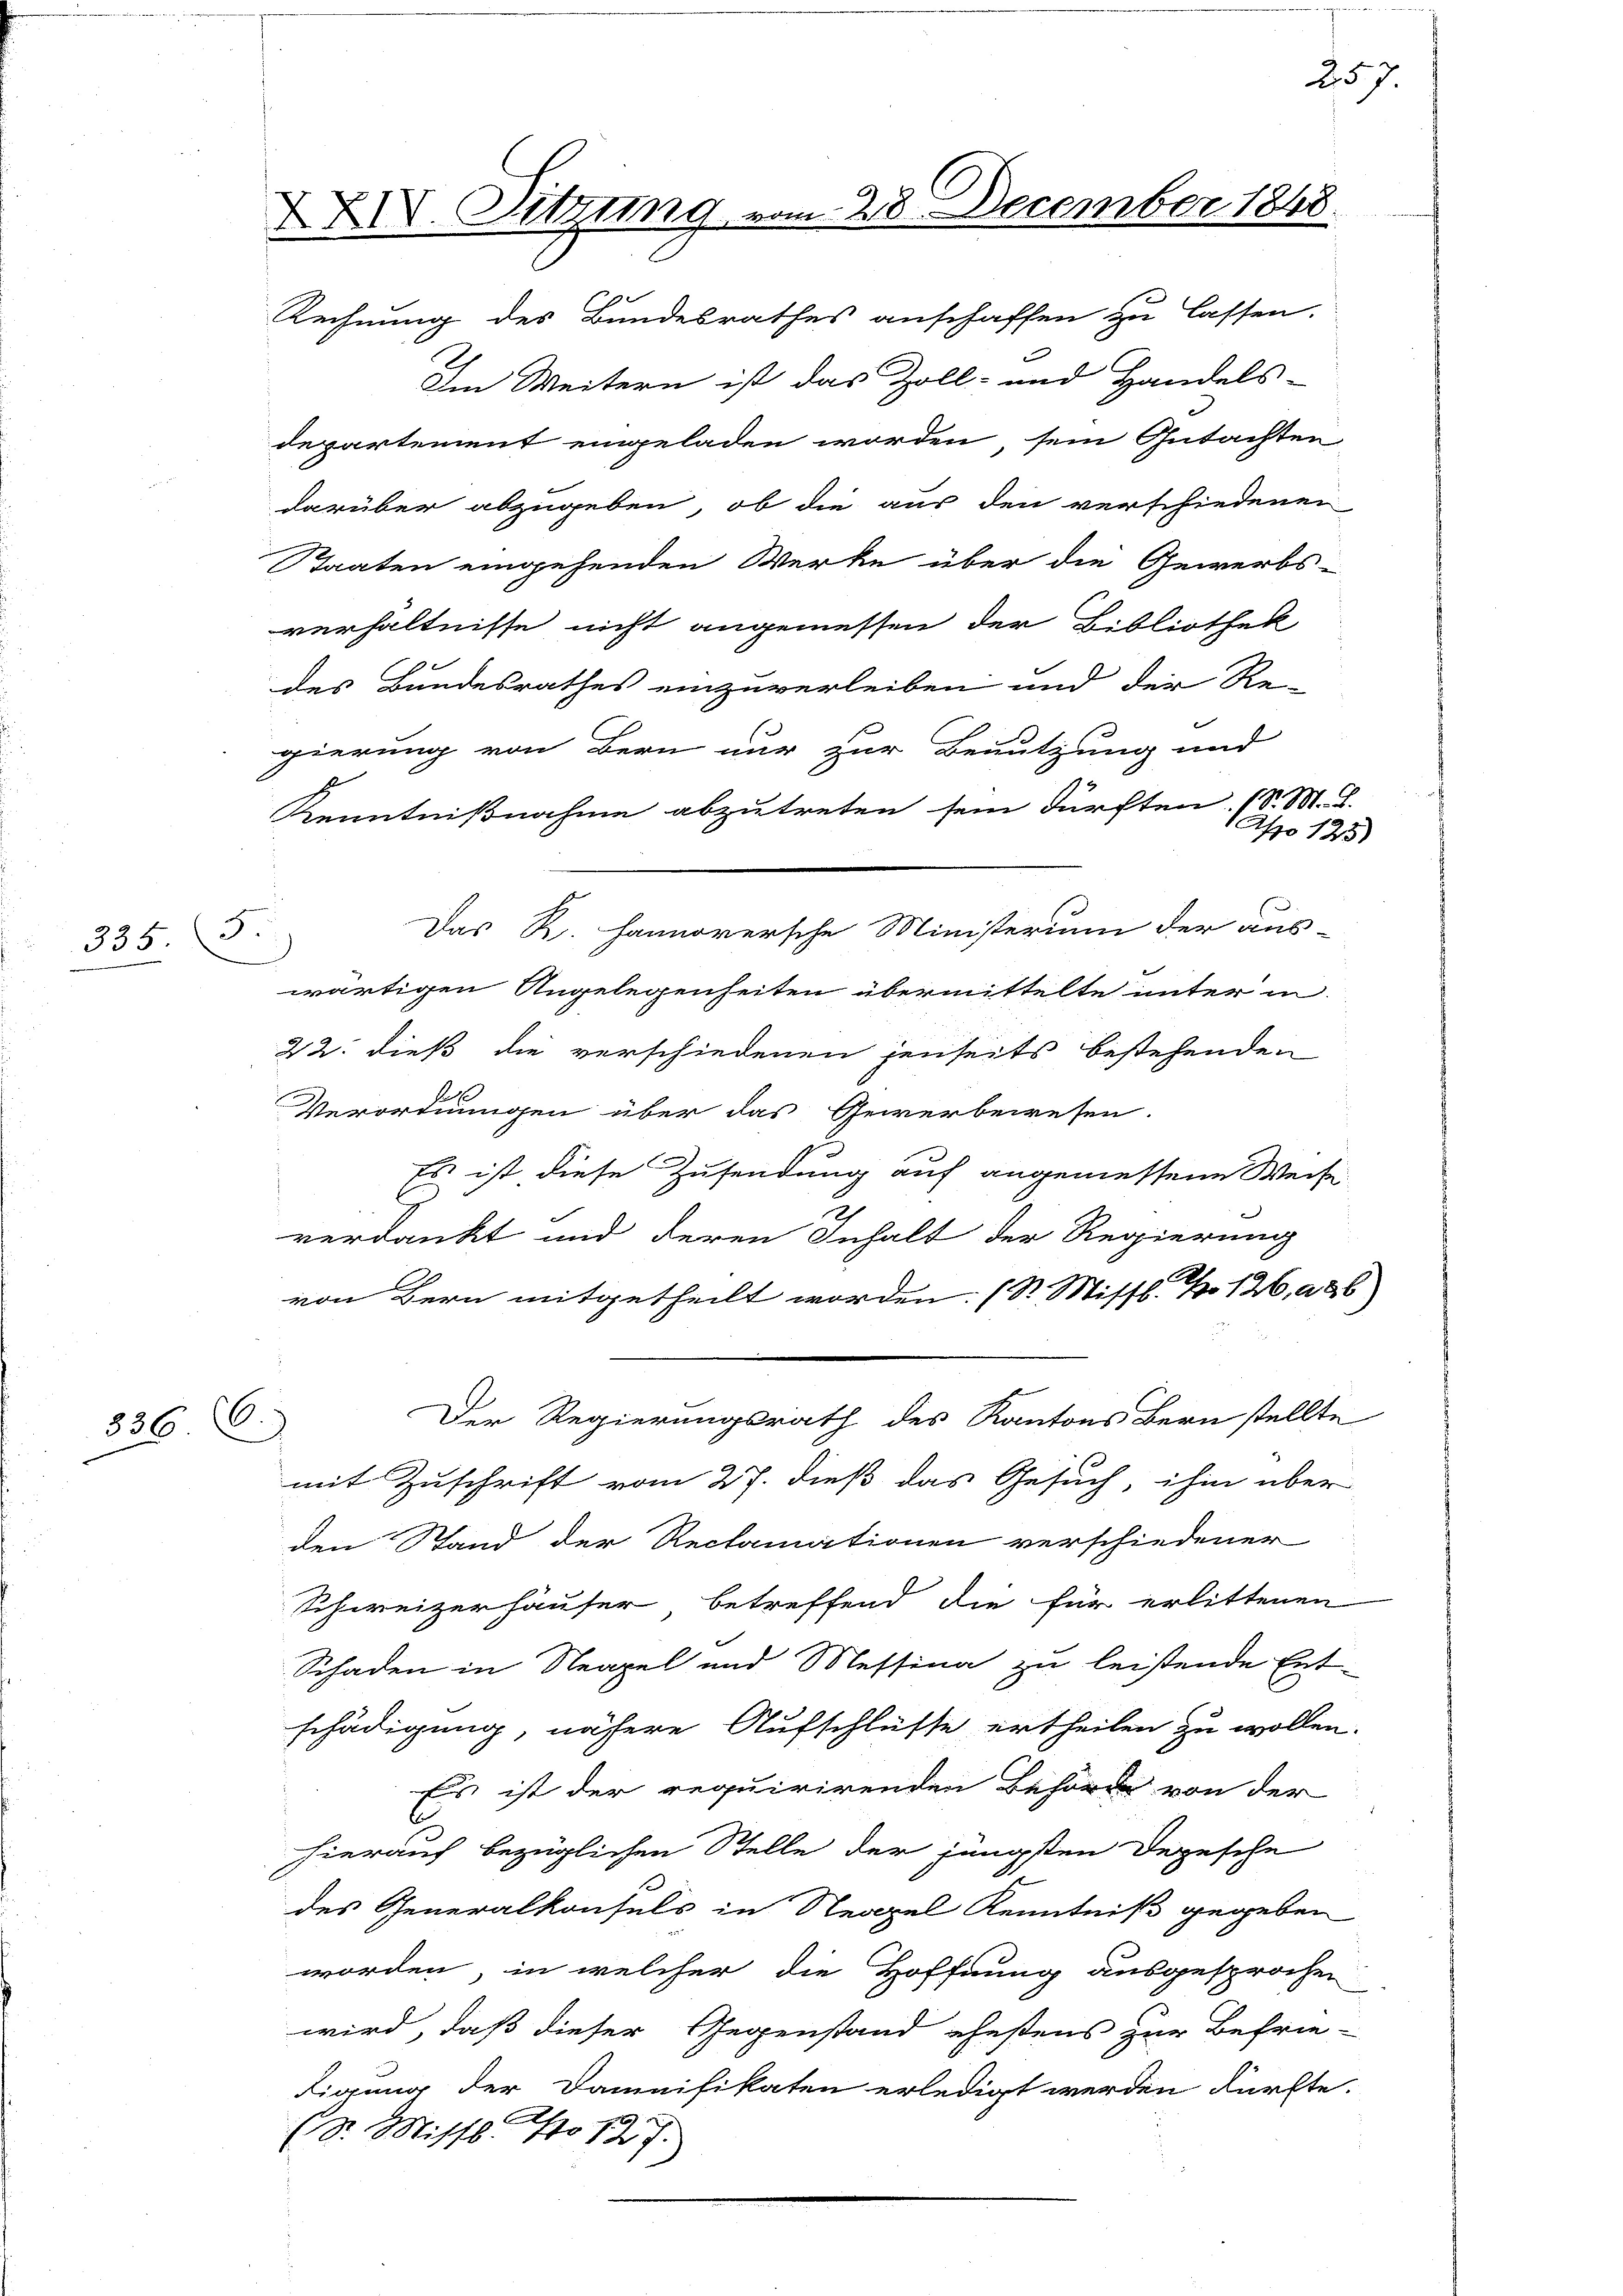
335

336

XXIV. Sitzung vom 28. December 1848.
Rechnung des Bundesrathes anschaffen zu lassen.

3.

Im Weitern ist das Zoll- und Handels-
departement eingeladen worden, sein Gutachten
darüber abzugeben, ob die aus den verschiedenen
Staaten eingehenden Werke über die Gewerbs-
verhältnisse nicht angemessen der Bibliothek
des Bundesrathes einzuverleiben und der Re-
gierung von Bern nur zur Benutzung und
Kenntnißnahme abzutreten sein dürften. (S. M. D.
1 Ao 123)
Das R. Hannoversche Ministerium der aus-
wärtigen Angelegenheiten übermittelte unter in
22. dieß die verschiedenen jenseits bestehenden
Verordnungen über das Gewerbewesen.
Es ist diese Zusendung auf angemessene Weise
verdankt und deren Inhalt der Regierung
von Bern mitgetheilt worden. (S. Missl No 126, a 26)
Der Regierungsrath des Kantons Bern stellte
mit Zuschrift vom 27. dieß das Gesuch, ihm über
den Stand der Reclamationen verschiedener
Schweizerhäuser betreffend die für erlittenen
Schaden in Neapel und Messina zu leistende Ent-
schädigung, nähere Aufschlüsse ertheilen zu wollen.
Es ist der requirirenden Behörde von der
hierauf bezüglichen Stelle der jüngsten Depesche
des Generalkonsuls in Neapel Kenntniß gegeben
worden, in welcher die Hoffnung ausgesprochen
wird, daß dieser Gegenstand ehestens zur Befrie-
Figung der Damnifikaten erledigt werden dürfte.
(Dr. Misst. No 127.

257